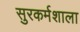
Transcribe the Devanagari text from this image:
सुरकर्मशाला